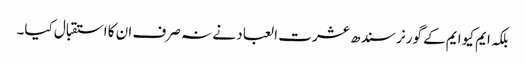
بلکہ ایم کیو ایم کے گورنر سندھ عشرت العباد نے نہ صرف ان کا استقبال کیا۔